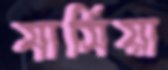
মার্সিয়া